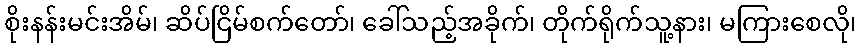
စိုးနန်းမင်းအိမ်၊ ဆိပ်ငြိမ်စက်တော်၊ ခေါ်သည့်အခိုက်၊ တိုက်ရိုက်သူ့နား၊ မကြားစေလို၊